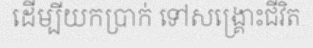
ដើម្បីយកប្រាក់ ទៅសង្គ្រោះជីវិត